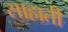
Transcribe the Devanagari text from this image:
साहाती